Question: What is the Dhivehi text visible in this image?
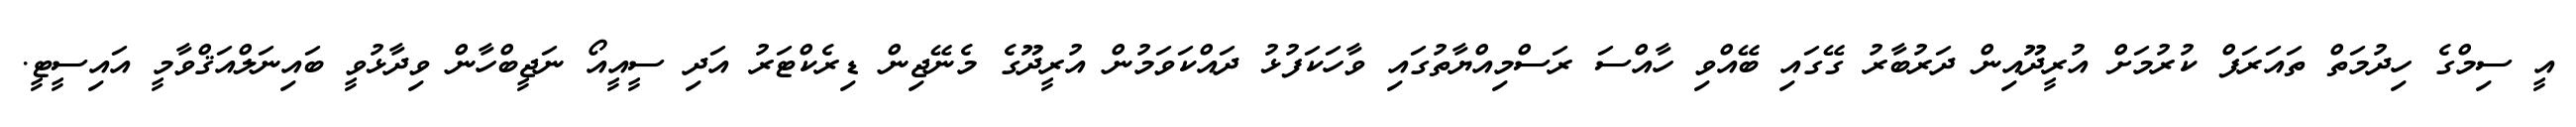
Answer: އީ ސިމްގެ ހިދުމަތް ތައަރަފް ކުރުމަށް އުރީދޫއިން ދަރުބާރު ގޭގައި ބޭއްވި ހާއްސަ ރަސްމިއްޔާތުގައި ވާހަކަފުޅު ދައްކަވަމުން އުރީދޫގެ މެނޭޖިން ޑިރެކްޓަރު އަދި ސީއީއޯ ނަޖީބްހާން ވިދާޅުވީ ބައިނަލްއަޤްވާމީ އައިސީޓީ.